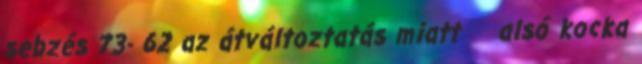
sebzés 73- 62 az átváltoztatás miatt alsó kocka